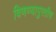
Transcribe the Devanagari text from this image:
विणण्यापुरतीच